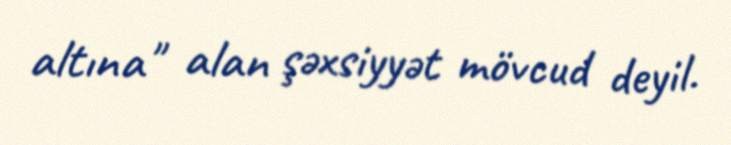
altına" alan şəxsiyyət mövcud deyil.